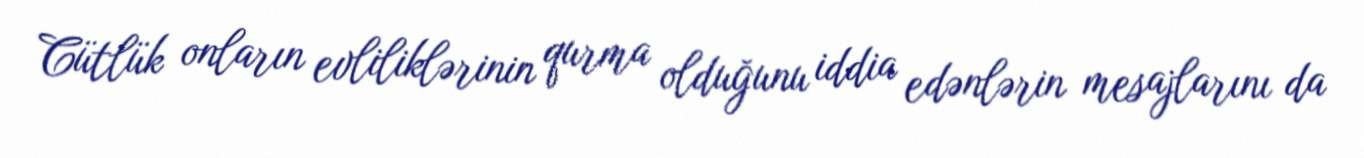
Cütlük onların evliliklərinin qurma olduğunu iddia edənlərin mesajlarını da